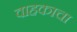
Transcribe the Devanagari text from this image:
वाहकाचा